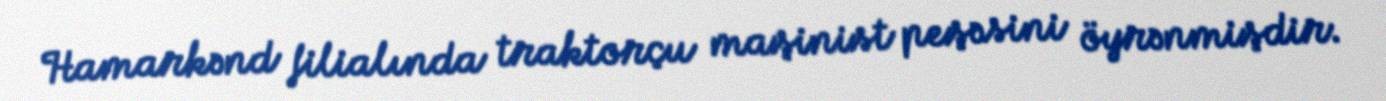
Hamarkənd filialında traktorçu maşinist peşəsini öyrənmişdir.